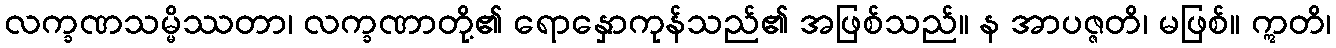
လက္ခဏသမ္မိဿတာ၊ လက္ခဏာတို့၏ ရောနှောကုန်သည်၏ အဖြစ်သည်။ န အာပဇ္ဇတိ၊ မဖြစ်။ ဣတိ၊